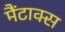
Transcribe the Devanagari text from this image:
मैंटाक्स